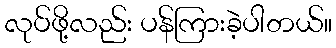
လုပ်ဖို့လည်း ပန်ကြားခဲ့ပါတယ်။